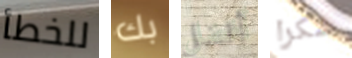
للخطأ بك أفضل شكرا